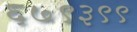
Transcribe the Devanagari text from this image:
६७९३९९